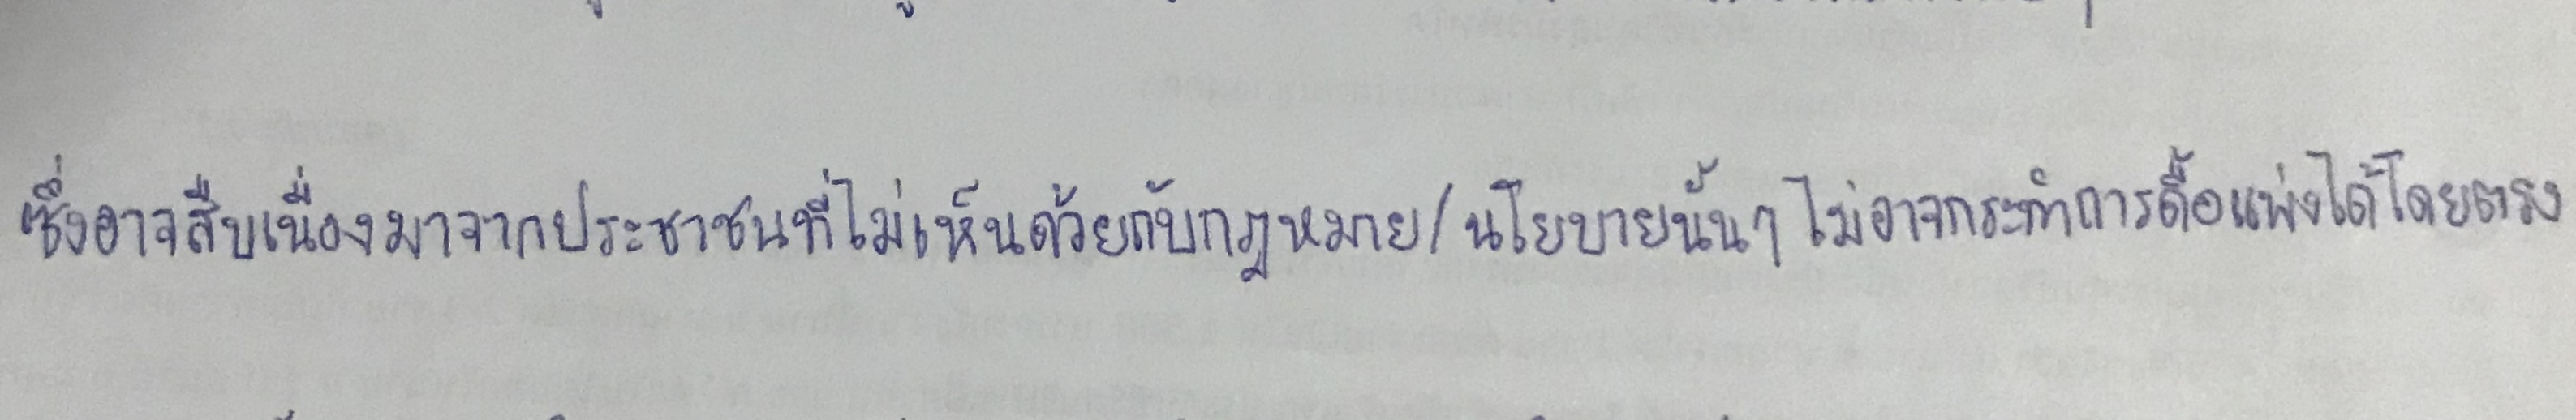
ซึ่งอาจสืบเนื่องมาจากประชาชนที่ไม่เห็นด้วยกับกฎหมาย/นโยบายนั้นๆไม่อาจกระทำการดื้อแพ่งได้โดยตรง